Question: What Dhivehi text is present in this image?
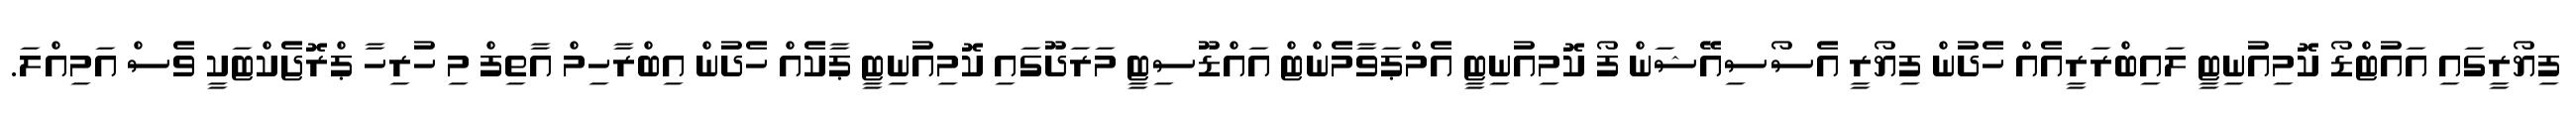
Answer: ފިޔޯރީގައި އައުޓްޑޯ ކޮމިއުނިޓީ ލައިބްރަރީއެއް ހެދުން ފިޔޯރީ އެސޯސިއޭޝަން ފޯ ކޮމިއުނިޓީ އެމްޕަވާމެންޓް އައްޑޫސިޓީ މަރަދޫގައި ކޮމިއުނިޓީ ޕާކެއް ހެދުން އިބްރާހިމް އާތިފް މި ހުރިހާ ޕްރޮޖެކްޓަކީ ވެސް އަމިއްލަ.